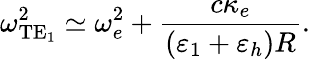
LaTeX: \omega_{\textrm{TE}_{1}}^{2}\simeq\omega_{e}^{2}+\frac{c\kappa_{e}}{(\varepsilon_{1}+\varepsilon_{h})R}.